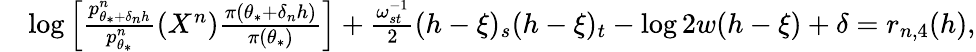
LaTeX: \begin{array}{rl}&{\log\Big[\frac{p_{\theta_{*}+\delta_{n}h}^{n}}{p_{\theta_{*}}^{n}}(X^{n})\frac{\pi(\theta_{*}+\delta_{n}h)}{\pi(\theta_{*})}\Big]+\frac{\omega_{st}^{-1}}{2}(h-\xi)_{s}(h-\xi)_{t}-\log 2w(h-\xi)+\delta=r_{n,4}(h),}\end{array}